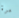
مرة